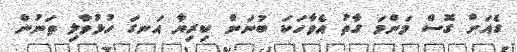
ގެއަށް ގޮސް މަންމަ ގާތު އެވާހަކަ ބުނަން ކިރިޔާ އަނގަ ހުޅުވާލި ތަނުން